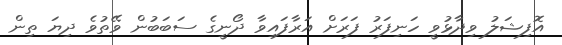
އޮފިޝަލު ވިދާޅުވީ ހަނިފަރު ފަރަށް އަރާފައިވާ ދޯނީގެ ސަބަބުން ވޭތުވެ ދިޔަ ތިން